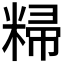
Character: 𬖥